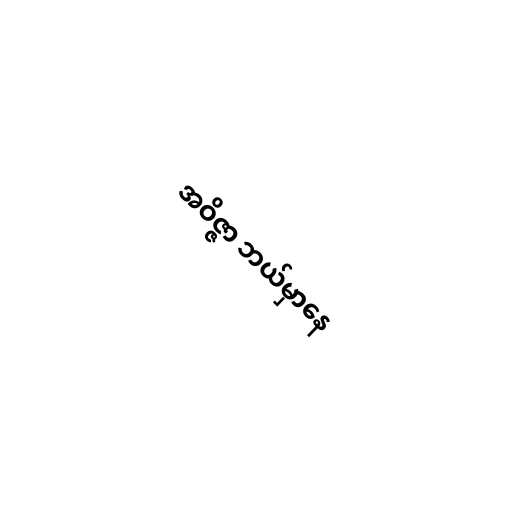
အဝိဇ္ဇာ ဘယ်မှာနေ